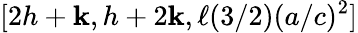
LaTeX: [2h+\mathbf{k},h+2\mathbf{k},\ell(3/2)(a/c)^{2}]